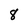
Character: 8